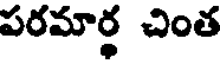
పరమార్థ చింత